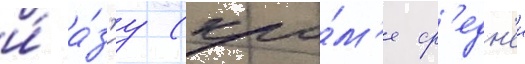
и́ а́з'иу (кро́м'е ср'едн'еи